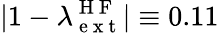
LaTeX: |1-\lambda_{\mathrm{~e~x~t~}}^{\mathrm{~H~F~}}|\equiv 0.11